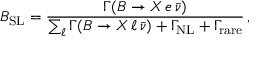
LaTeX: B _ { \mathrm { S L } } = { \frac { \Gamma ( B \to X \, e \, \bar { \nu } ) } { \sum _ { \ell } \Gamma ( B \to X \, \ell \, \bar { \nu } ) + \Gamma _ { \mathrm { N L } } + \Gamma _ { \mathrm { r a r e } } } } \, ,